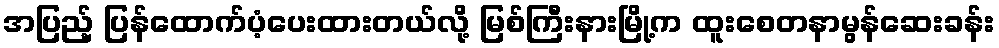
အပြည့် ပြန်ထောက်ပံ့ပေးထားတယ်လို့ မြစ်ကြီးနားမြို့က ထူးစေတနာမွန်ဆေးခန်း